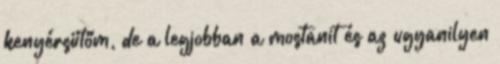
kenyérsütőm, de a legjobban a mostanit és az ugyanilyen